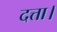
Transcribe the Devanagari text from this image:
दत्ता।